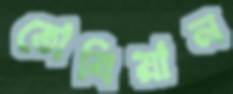
তোবিয়ান